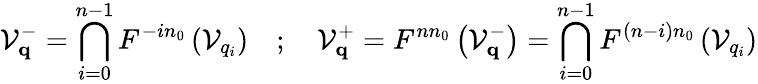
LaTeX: \mathcal{V}_{\textbf{q}}^{-}=\bigcap_{i=0}^{n-1}F^{-in_{0}}\left(\mathcal{V}_{q_{i}}\right)\quad;\quad\mathcal{V}_{\textbf{q}}^{+}=F^{nn_{0}}\left(\mathcal{V}_{\textbf{q}}^{-}\right)=\bigcap_{i=0}^{n-1}F^{(n-i)n_{0}}\left(\mathcal{V}_{q_{i}}\right)